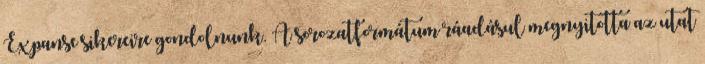
Expanse sikereire gondolnunk. A sorozatformátum ráadásul megnyitotta az utat